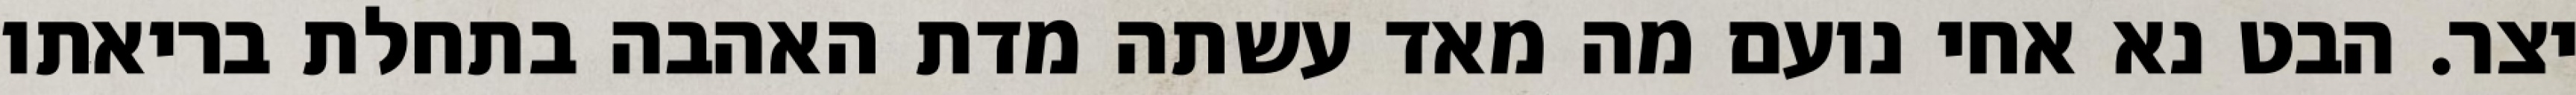
יצר. הבט נא אחי נועם מה מאד עשתה מדת האהבה בתחלת בריאתו